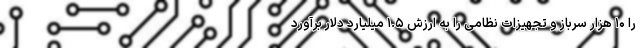
را ۱۰ هزار سرباز و تجهیزات نظامی را به ارزش ۱.۵ میلیارد دلار برآورد